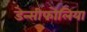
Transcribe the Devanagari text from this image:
डेन्सीफोलिया